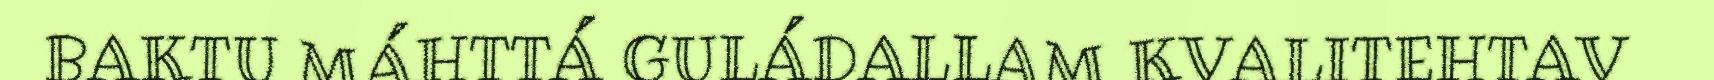
BAKTU MÁHTTÁ GULÁDALLAM KVALITEHTAV